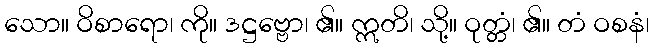
သော။ ဝိစာရော၊ ကို။ ဒဋ္ဌဗ္ဗော၊ ၏။ ဣတိ၊ သို့။ ဝုတ္တံ၊ ၏။ တံ ဝစနံ၊